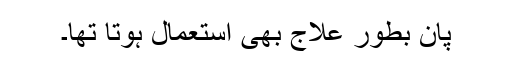
پان بطور علاج بھی استعمال ہوتا تھا۔